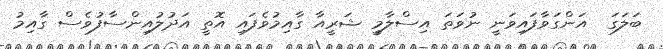
ބަލަގަ  އަންގަވާފައިވަނީ ނުވަތަ އިސްލާމީ ޝަރީއާ ގާއިމުވެފައި އޮތީ އަދުލުއިންސާފުވެސް ގާއިމު